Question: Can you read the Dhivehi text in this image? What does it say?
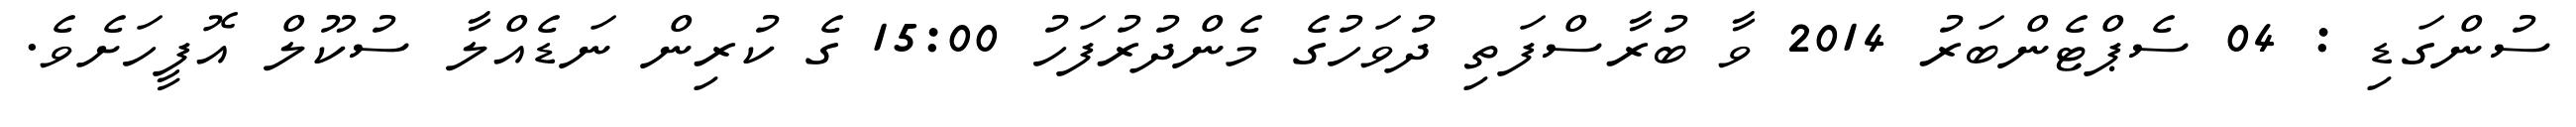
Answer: ސުންގަޑި : 04 ސެޕްޓެންބަރު 2014 ވާ ބުރާސްފަތި ދުވަހުގެ މެންދުރުފަހު 15:00 ގެ ކުރިން ނަޑެއްލާ ސުކޫލް އޮފީހަށެވެ.